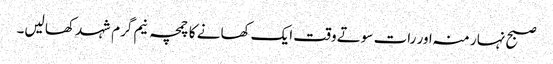
صبح نہار منہ اور رات سوتے وقت ایک کھانے کا چمچہ نیم گرم شہد کھا لیں۔